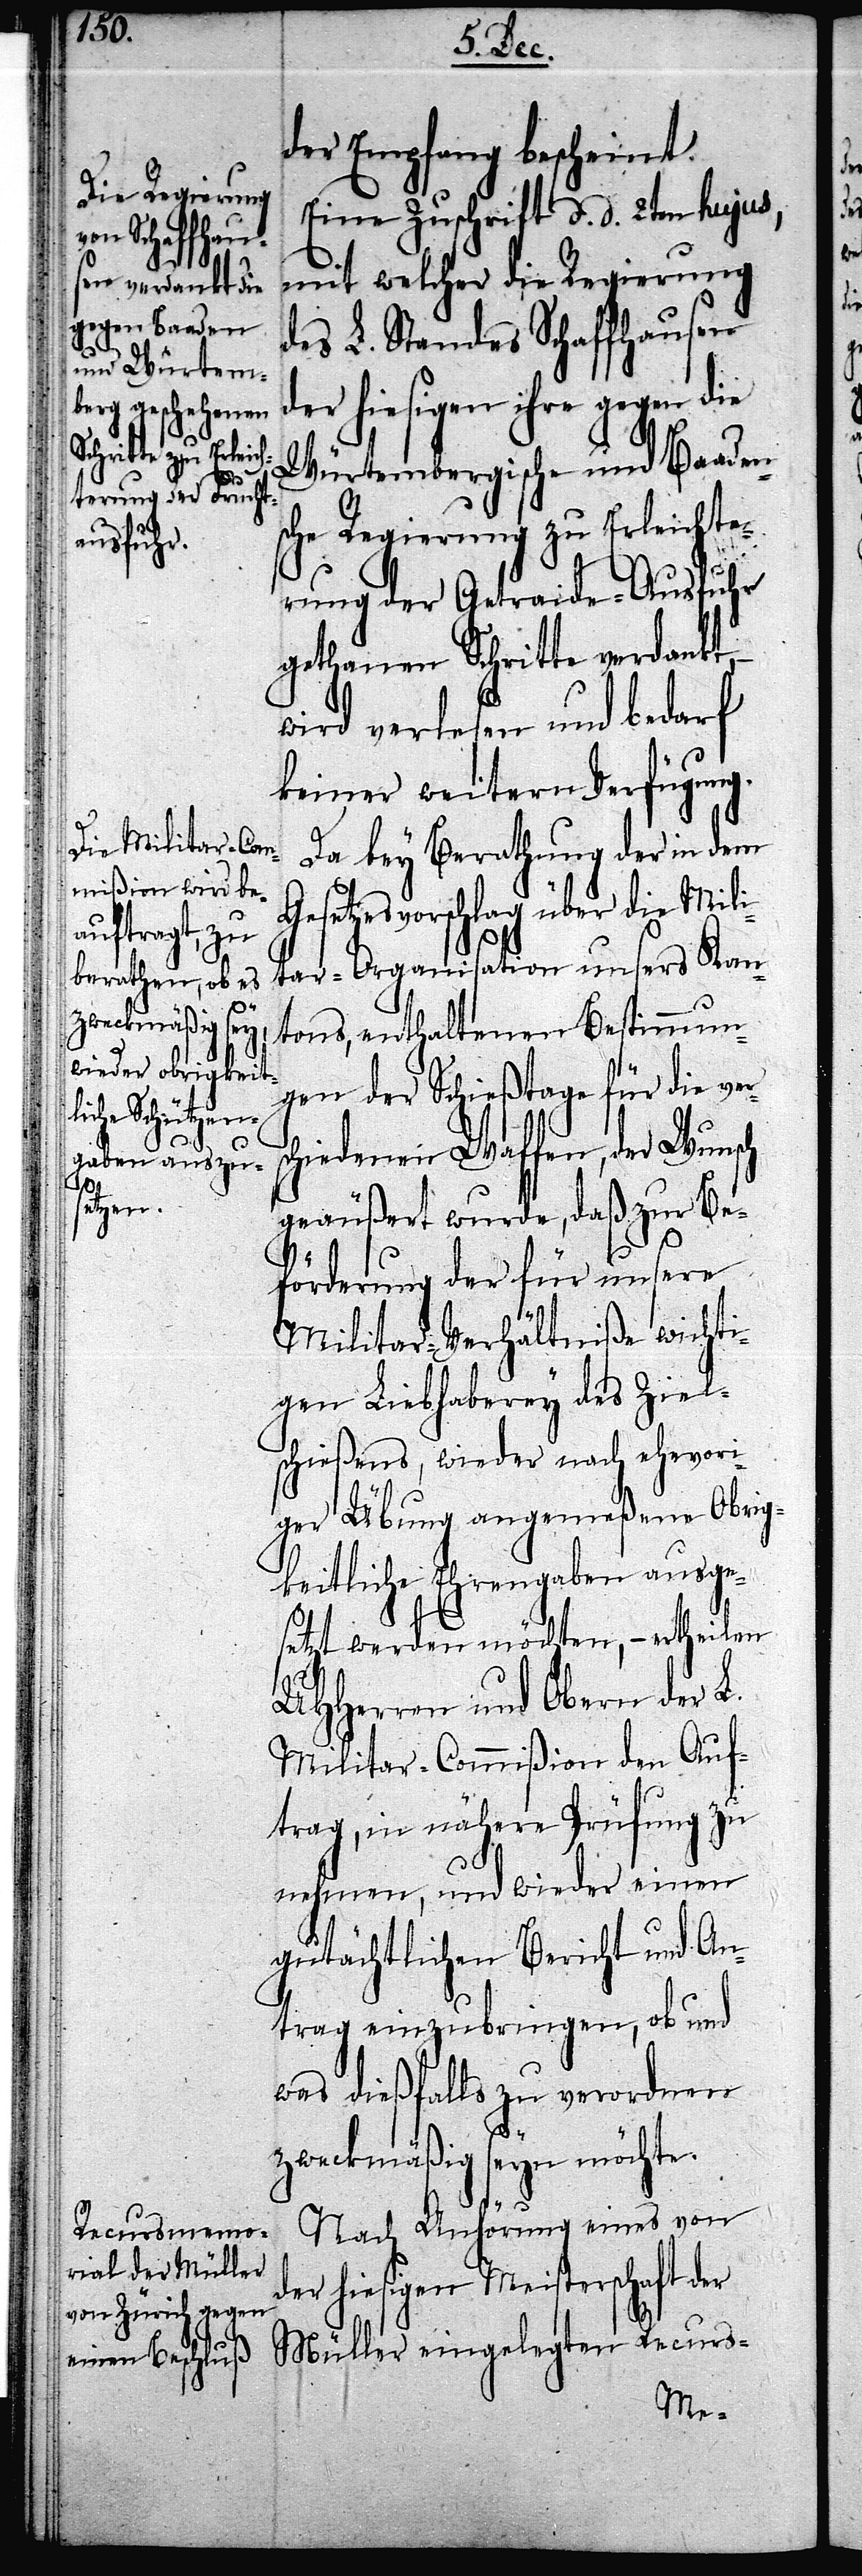
der Empfang bescheint.
Eine Zuschrift d. d. 2ten hujus,
mit welcher die Regierung
des L. Standes Schaffhausen
der hiesigen ihre gegen die
Würtembergische und Baaden¬
sche Regierung zu Erleichte¬
rung der Getraide-Ausfuhr
gethanen Schritte verdankt,
wird verlesen und bedarf
keiner weitern Verfügung.
Da bey Berathung der in dem
Gesetzesvorschlag über die Mili¬
tar-Organisation unsers Kan¬
eingelegten
tons, enthaltenen Bestimmun¬
gen der Schießtage für die ver¬
schiedenen Waffen, der Wunsch
geäußert wurde, daß zur Be¬
förderung der für unsere
Militar-Verhältniße wichti¬
gen Liebhaberey des Ziel¬
schießens, wieder nach ehevori¬
ger Übung angemeßene Obrig¬
keitliche Ehrengaben ausge¬
setzt werden möchten, – ertheilen
UHHerren und Obern der L.
Militar-Commißion den Auf¬
trag, in nähere Prüfung zu
nehmen, und wieder einen
gutächtlichen Bericht und An¬
trag einzubringen, ob und
was dießfalls zu verordnen
zweckmäßig seyn möchte.
Nach Anhörung eines von
der hiesigen Meisterschaft der